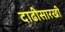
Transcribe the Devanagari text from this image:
दाढीसारखी